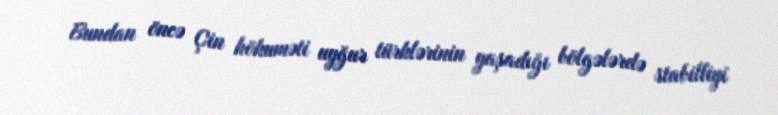
Bundan öncə Çin hökuməti uyğur türklərinin yaşadığı bölgələrdə stabilliyi